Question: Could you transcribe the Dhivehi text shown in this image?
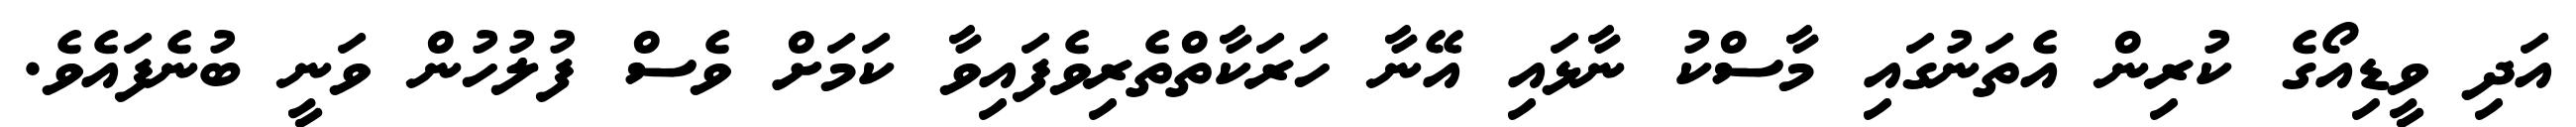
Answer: އަދި ވީޑިއޯގެ ކުރިން އެތަނުގައި މާސްކު ނާޅައި އޭނާ ހަރަކާތްތެރިވެފައިވާ ކަމަށް ވެސް ފުލުހުން ވަނީ ބުނެފައެވެ.